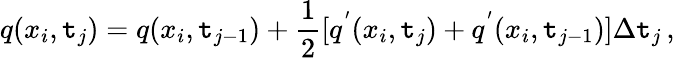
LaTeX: q(x_{i},\mathtt{t}_{j})=q(x_{i},\mathtt{t}_{j-1})+\frac{{1}}{{2}}[q^{'}(x_{i},\mathtt{t}_{j})+q^{'}(x_{i},\mathtt{t}_{j-1})]\Delta\mathtt{t}_{j}\, ,